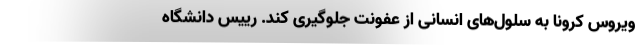
ویروس کرونا به سلول‌های انسانی از عفونت جلوگیری کند. رییس دانشگاه